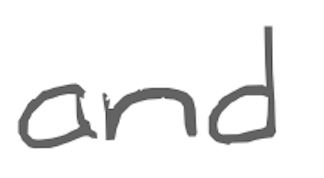
Text: and
Cross-out: clean
Writing tool: digital_gray